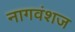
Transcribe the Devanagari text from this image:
नागवंशज